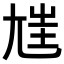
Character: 𡯪